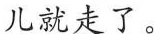
儿就走了。